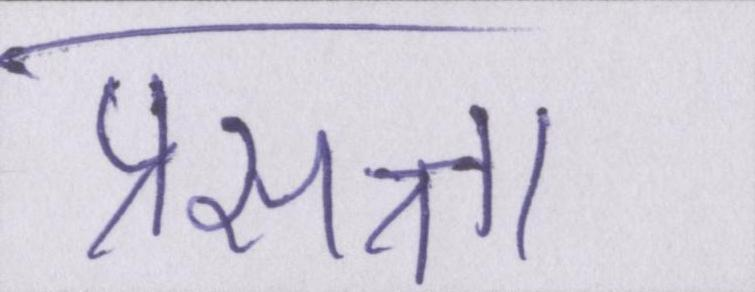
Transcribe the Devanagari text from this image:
प्रसन्न्ता